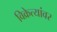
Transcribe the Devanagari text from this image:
विक्रेत्यांवर